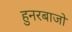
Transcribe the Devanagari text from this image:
हुनरबाजो